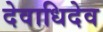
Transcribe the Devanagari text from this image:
देवाधिदेव